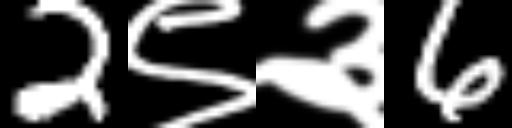
Text: 2९३6